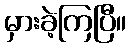
မှားခဲ့ကြပြီ။